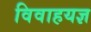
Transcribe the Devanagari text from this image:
विवाहयज्ञ